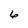
Character: 6